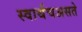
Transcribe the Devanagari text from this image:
स्वार्थचअसते